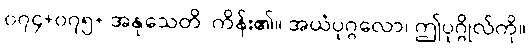
၀၇၄+၀၇၅+ အနုသေတိ၊ ကိန်း၏။ အယံပုဂ္ဂလော၊ ဤပုဂ္ဂိုလ်ကို။